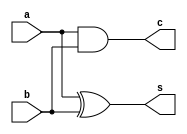
module ha(a,b,s,c);
//ha - half adder || a,b - inputs || s - sum || c - carry
input a,b;
output s,c;
///data modelling
    xor s1(s,a,b);
    and c1(c,a,b);
endmodule
/////////////////////////////////////////////////////////////
module fa(a,b,c,s,c_out);
//fa - full adder || a,b,c - inputs || s - sum || c_out - final-carry
input a,b,c;
output s,c_out;
wire sum_wire,carry_wire,carry2_wire;
///data modelling of full adder using half adder
    ha ha1(a,b,sum_wire,carry_wire);
    ha ha2(sum_wire,c,s,carry2_wire);
    or or1(c_out,carry_wire,carry2_wire);
endmodule
/////////////////////////////////////////////////////////////
module rca2(a,b,cin,sum,carry_out);
//rca - ripple carry adder || a,b - 2bit inputs || cin - carry_in
//sum - final 2bit sum || carry_out - output carry
// 3 carry wires required
input [1:0] a,b;
input cin;
output [1:0] sum;
output carry_out;
wire  carrywires;
////data modeelling
    fa fa0(a[0],b[0],cin,sum[0],carrywires);
    fa fa1(a[1],b[1],carrywires,sum[1],carry_out);
endmodule


module rca3(a,b,cin,sum,carry_out);
//rca - ripple carry adder || a,b - 3bit inputs || cin - carry_in
//sum - final 3bit sum || carry_out - output carry
// 3 carry wires required
input [2:0] a,b;
input cin;
output [2:0] sum;
output carry_out;
wire [1:0] carrywires;
////data modeelling
    fa fa0(a[0],b[0],cin,sum[0],carrywires[0]);
    fa fa1(a[1],b[1],carrywires[0],sum[1],carrywires[1]);
    fa fa2(a[2],b[2],carrywires[1],sum[2],carry_out);
endmodule


module rca4(a,b,cin,sum,carry_out);
//rca - ripple carry adder || a,b - 4bit inputs || cin - carry_in
//sum - final 4bit sum || carry_out - output carry
// 3 carry wires required
input [3:0] a,b;
input cin;
output [3:0] sum;
output carry_out;
wire [2:0] carrywires;
////data modeelling
    fa fa0(a[0],b[0],cin,sum[0],carrywires[0]);
    fa fa1(a[1],b[1],carrywires[0],sum[1],carrywires[1]);
    fa fa2(a[2],b[2],carrywires[1],sum[2],carrywires[2]);
    fa fa3(a[3],b[3],carrywires[2],sum[3],carry_out);
endmodule



module rca5(a,b,cin,sum,carry_out);
//rca - ripple carry adder || a,b - 5bit inputs || cin - carry_in
//sum - final 5bit sum || carry_out - output carry
// 3 carry wires required
input [4:0] a,b;
input cin;
output [4:0] sum;
output carry_out;
wire [3:0] carrywires;
////data modeelling
    fa fa0(a[0],b[0],cin,sum[0],carrywires[0]);
    fa fa1(a[1],b[1],carrywires[0],sum[1],carrywires[1]);
    fa fa2(a[2],b[2],carrywires[1],sum[2],carrywires[2]);
    fa fa3(a[3],b[3],carrywires[2],sum[3],carrywires[3]);
    fa fa4(a[4],b[4],carrywires[3],sum[4],carry_out);
endmodule
////////////////////////////////////////////////////////////

module tcom1(a,b,s,mux_ans);
//tcom - two cross one mux || a,b - 1 bit iputs || s - select || mux_ans
parameter bits = 1;
input [bits-1 : 0] a,b;
input s;
output [bits-1 : 0]mux_ans;
////data flow modelling
     assign mux_ans = (s)?b:a;
endmodule
//reminder here a b indicates sum when carry is 0 and 1 respectively
/////////////////////////////////////////////////////////////
module epo_csa2(a,b,cin,sum,c_out);
//epo_csa - each 2 bit piece of carry select adder
//a,b are 2 bit inputs || sum ,c_out arre respective outputs
input [1:0] a,b;
input cin;
output [1:0] sum;
output c_out;
wire [1:0] alternate_sum1,alternate_sum2;
wire alternate_carry1,alternate_carry2;
////data flow modelling
// so sum is calculated with both carry 0 and 1
     rca2 w1(a[1:0],b[1:0],1'b0,alternate_sum1,alternate_carry1);
     rca2 w2(a[1:0],b[1:0],1'b1,alternate_sum2,alternate_carry2);
//so now a mux should give output sum and other one carry for same select
    assign sum = (cin) ? alternate_sum2 : alternate_sum1;
     tcom1 tcom2(alternate_carry1,alternate_carry2,cin,c_out);
     
endmodule

module epo_csa3(a,b,cin,sum,c_out);
//epo_csa - each 3 bit piece of carry select adder
//a,b are 3 bit inputs || sum ,c_out arre respective outputs
input [2:0] a,b;
input cin;
output [2:0] sum;
output c_out;
wire [2:0] alternate_sum1,alternate_sum2;
wire alternate_carry1,alternate_carry2;
////data flow modelling
// so sum is calculated with both carry 0 and 1
     rca3 w3(a[2:0],b[2:0],1'b0,alternate_sum1,alternate_carry1);
     rca3 w4(a[2:0],b[2:0],1'b1,alternate_sum2,alternate_carry2);
//so now a mux should give output sum and other one carry for same select
     assign sum = (cin) ? alternate_sum2 : alternate_sum1;
     tcom1 tcom2(alternate_carry1,alternate_carry2,cin,c_out);
     
endmodule


module epo_csa4(a,b,cin,sum,c_out);
//epo_csa - each 4 bit piece of carry select adder
//a,b are 4 bit inputs || sum ,c_out arre respective outputs
input [3:0] a,b;
input cin;
output [3:0] sum;
output c_out;
wire [3:0] alternate_sum1,alternate_sum2;
wire alternate_carry1,alternate_carry2;
////data flow modelling
// so sum is calculated with both carry 0 and 1
     rca4 w5(a[3:0],b[3:0],1'b0,alternate_sum1,alternate_carry1);
     rca4 w6(a[3:0],b[3:0],1'b1,alternate_sum2,alternate_carry2);
//so now a mux should give output sum and other one carry for same select
     assign sum = (cin) ? alternate_sum2 : alternate_sum1;
     tcom1 tcom2(alternate_carry1,alternate_carry2,cin,c_out);
     
endmodule


module epo_csa5(a,b,cin,sum,c_out);
//epo_csa - each 5 bit piece of carry select adder
//a,b are 5 bit inputs || sum ,c_out arre respective outputs
input [4:0] a,b;
input cin;
output [4:0] sum;
output c_out;
wire [4:0] alternate_sum1,alternate_sum2;
wire alternate_carry1,alternate_carry2;
////data flow modelling
// so sum is calculated with both carry 0 and 1
     rca5 w7(a[4:0],b[4:0],1'b0,alternate_sum1,alternate_carry1);
     rca5 w8(a[4:0],b[4:0],1'b1,alternate_sum2,alternate_carry2);
//so now a mux should give output sum and other one carry for same select
    assign sum = (cin) ? alternate_sum2 : alternate_sum1;
     tcom1 tcom2(alternate_carry1,alternate_carry2,cin,c_out);
     
endmodule
/////////////////////FINAL MOODULE OR MAIN MODULE////////////////////////////

module csa(a,b,carry_in,sum,carry_out);

input [15 : 0] a,b;
input carry_in;
output [15 : 0] sum;
output carry_out;
///now wire is required for carry from each slice
wire [3:0] alternate_carry;
////data flow modelling
     epo_csa2 q0(a[1:0],b[1:0],carry_in,sum[1:0],alternate_carry[0]);
     epo_csa2 q1(a[3:2],b[3:2],alternate_carry[0],sum[3:2],alternate_carry[1]);
     epo_csa3 q2(a[6:4],b[6:4],alternate_carry[1],sum[6:4],alternate_carry[2]);
     epo_csa4 q3(a[10:7],b[10:7],alternate_carry[2],sum[10:7],alternate_carry[3]);
     epo_csa5 q4(a[15:11],b[15:11],alternate_carry[3],sum[15:11],carry_out);
endmodule